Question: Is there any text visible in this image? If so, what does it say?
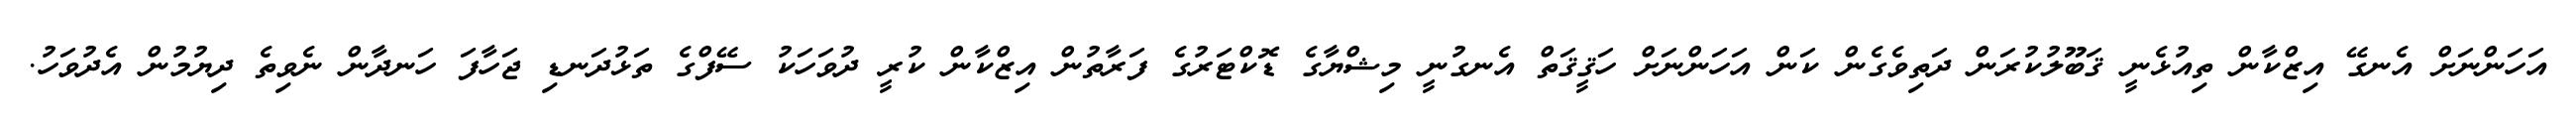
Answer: އަހަންނަށް އެނގޭ އިޒްކާން ތިއުޅެނީ ޤަބޫލުކުރަން ދަތިވެގެން ކަން އަހަންނަށް ހަޤީޤަތް އެނގުނީ މިޝްޔާގެ ޑޮކްޓަރުގެ ފަރާތުން އިޒްކާން ކުރީ ދުވަހަކު ސޭފްގެ ތަޅުދަނޑި ޖަހާފަ ހަނދާން ނެވިތެ ދިޔުމުން އެދުވަހު.